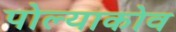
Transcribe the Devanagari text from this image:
पोल्याकोव